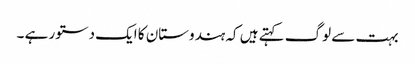
بہت سے لوگ کہتے ہیں کہ ہندوستان کا ایک دستور ہے ۔